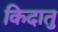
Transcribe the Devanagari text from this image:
किदातु